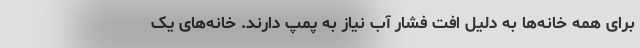
برای همه خانه‌ها به دلیل افت فشار آب نیاز به پمپ دارند. خانه‌های یک